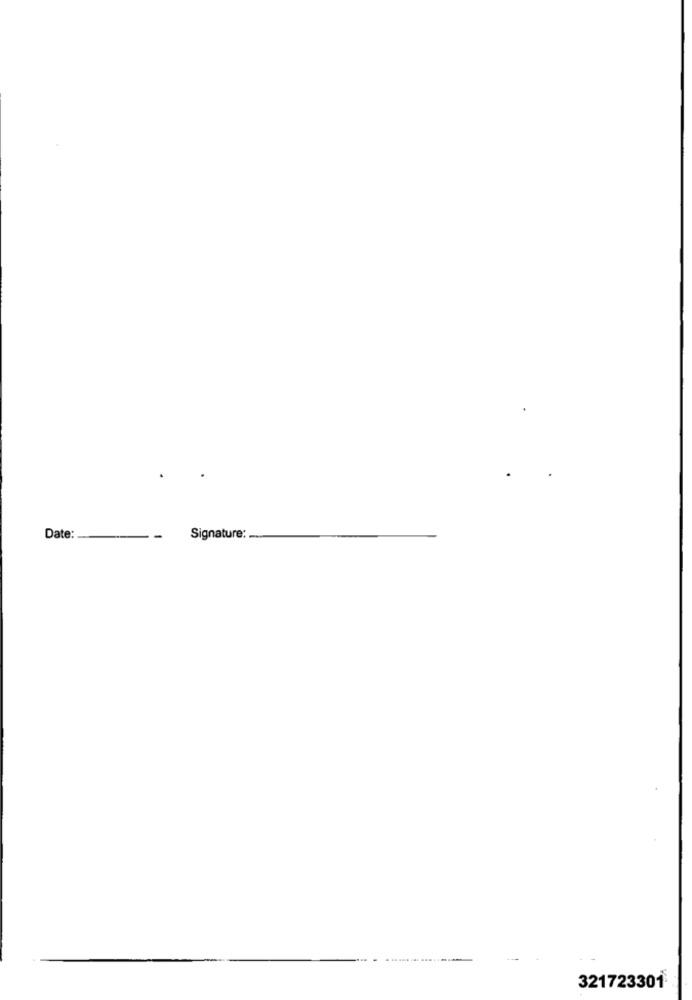
Date:
-
Signature:
321723301